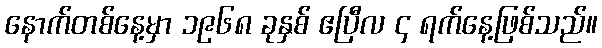
နောက်တစ်နေ့မှာ ၁၉၆၈ ခုနှစ် ဧပြီလ ၄ ရက်နေ့ဖြစ်သည်။